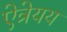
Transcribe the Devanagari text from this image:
ऐत्रेयय